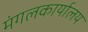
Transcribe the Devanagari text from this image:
मंगलकार्यालय